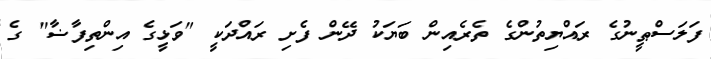
ފަލަސްޠީނުގެ ރައްޔިތުންގެ ތެރެއިން ބަޔަކު ދޭން ފެށި ރައްދަކީ "ވަޅީގެ އިންތިފާޟާ" ގެ